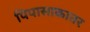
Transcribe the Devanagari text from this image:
पिपासाकातर